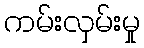
ကမ်းလှမ်းမှု